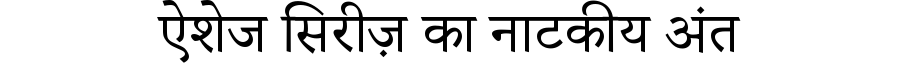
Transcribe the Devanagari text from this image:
ऐशेज सिरीज़ का नाटकीय अंत